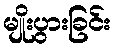
မျိုးပွားခြင်း